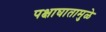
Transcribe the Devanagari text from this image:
पक्षाघातामुळे